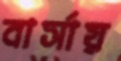
বার্সায়